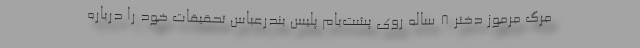
مرگ مرموز دختر 8 ساله روی پشت‌بام پلیس بندرعباس تحقیقات خود را درباره